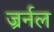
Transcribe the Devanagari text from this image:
ज्रर्नल